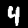
Label: 4